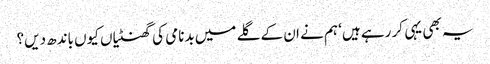
یہ بھی یہی کر رہے ہیں‘ ہم نے ان کے گلے میں بدنامی کی گھنٹیاں کیوں باندھ دیں؟